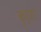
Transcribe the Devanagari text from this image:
कुर्जा